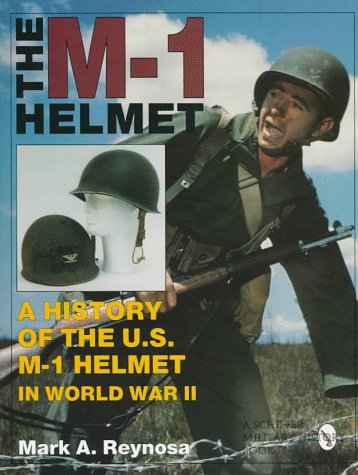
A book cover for The M-1 Helmet: A History of the U.S. M-1 Helmet in World War II (Schiffer Military History); Mark A. Reynosa; Crafts, Hobbies & Home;